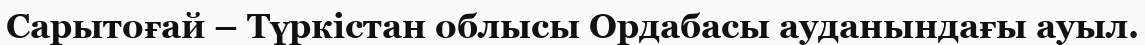
Сарытоғай – Түркістан облысы Ордабасы ауданындағы ауыл.